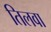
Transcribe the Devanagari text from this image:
तिलवा